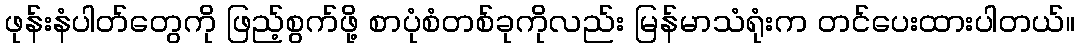
ဖုန်းနံပါတ်တွေကို ဖြည့်စွက်ဖို့ စာပုံစံတစ်ခုကိုလည်း မြန်မာသံရုံးက တင်ပေးထားပါတယ်။